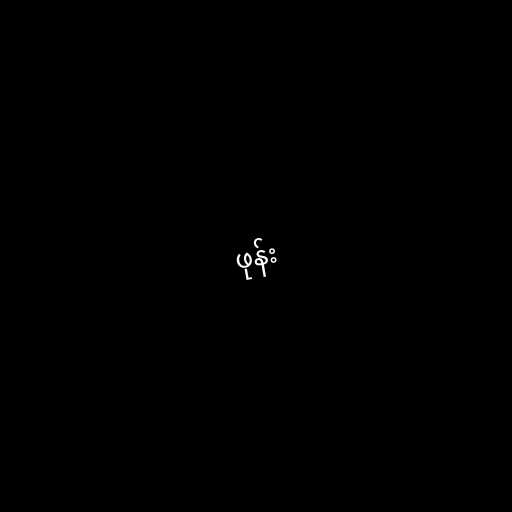
ဖုန်း